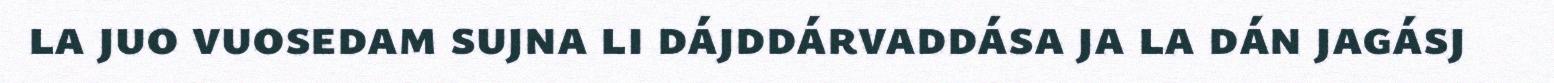
la juo vuosedam sujna li dájddárvaddása ja la dán jagásj